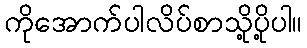
ကိုအောက်ပါလိပ်စာသို့ပို့ပါ။